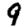
Digit: 9